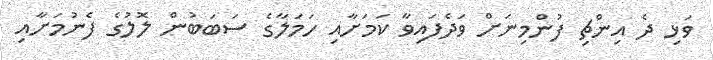
ވަޅި ދެ އިންޗި ފުންމިނަށް ވަދެފައިވާ ކަމަށާއި ހަމަލާގެ ސަބަބުން ލޮލުގެ ފެނުމަށާއި